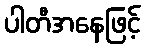
ပါတီအနေဖြင့်